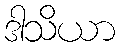
ဒါသိယာ